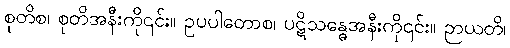
စုတိစ၊ စုတိအနီးကို၎င်း။ ဥပပါတောစ၊ ပဋိသန္ဓေအနီးကို၎င်း။ ဉာယတိ၊